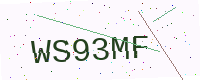
Text: WS93MF